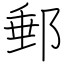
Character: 郵